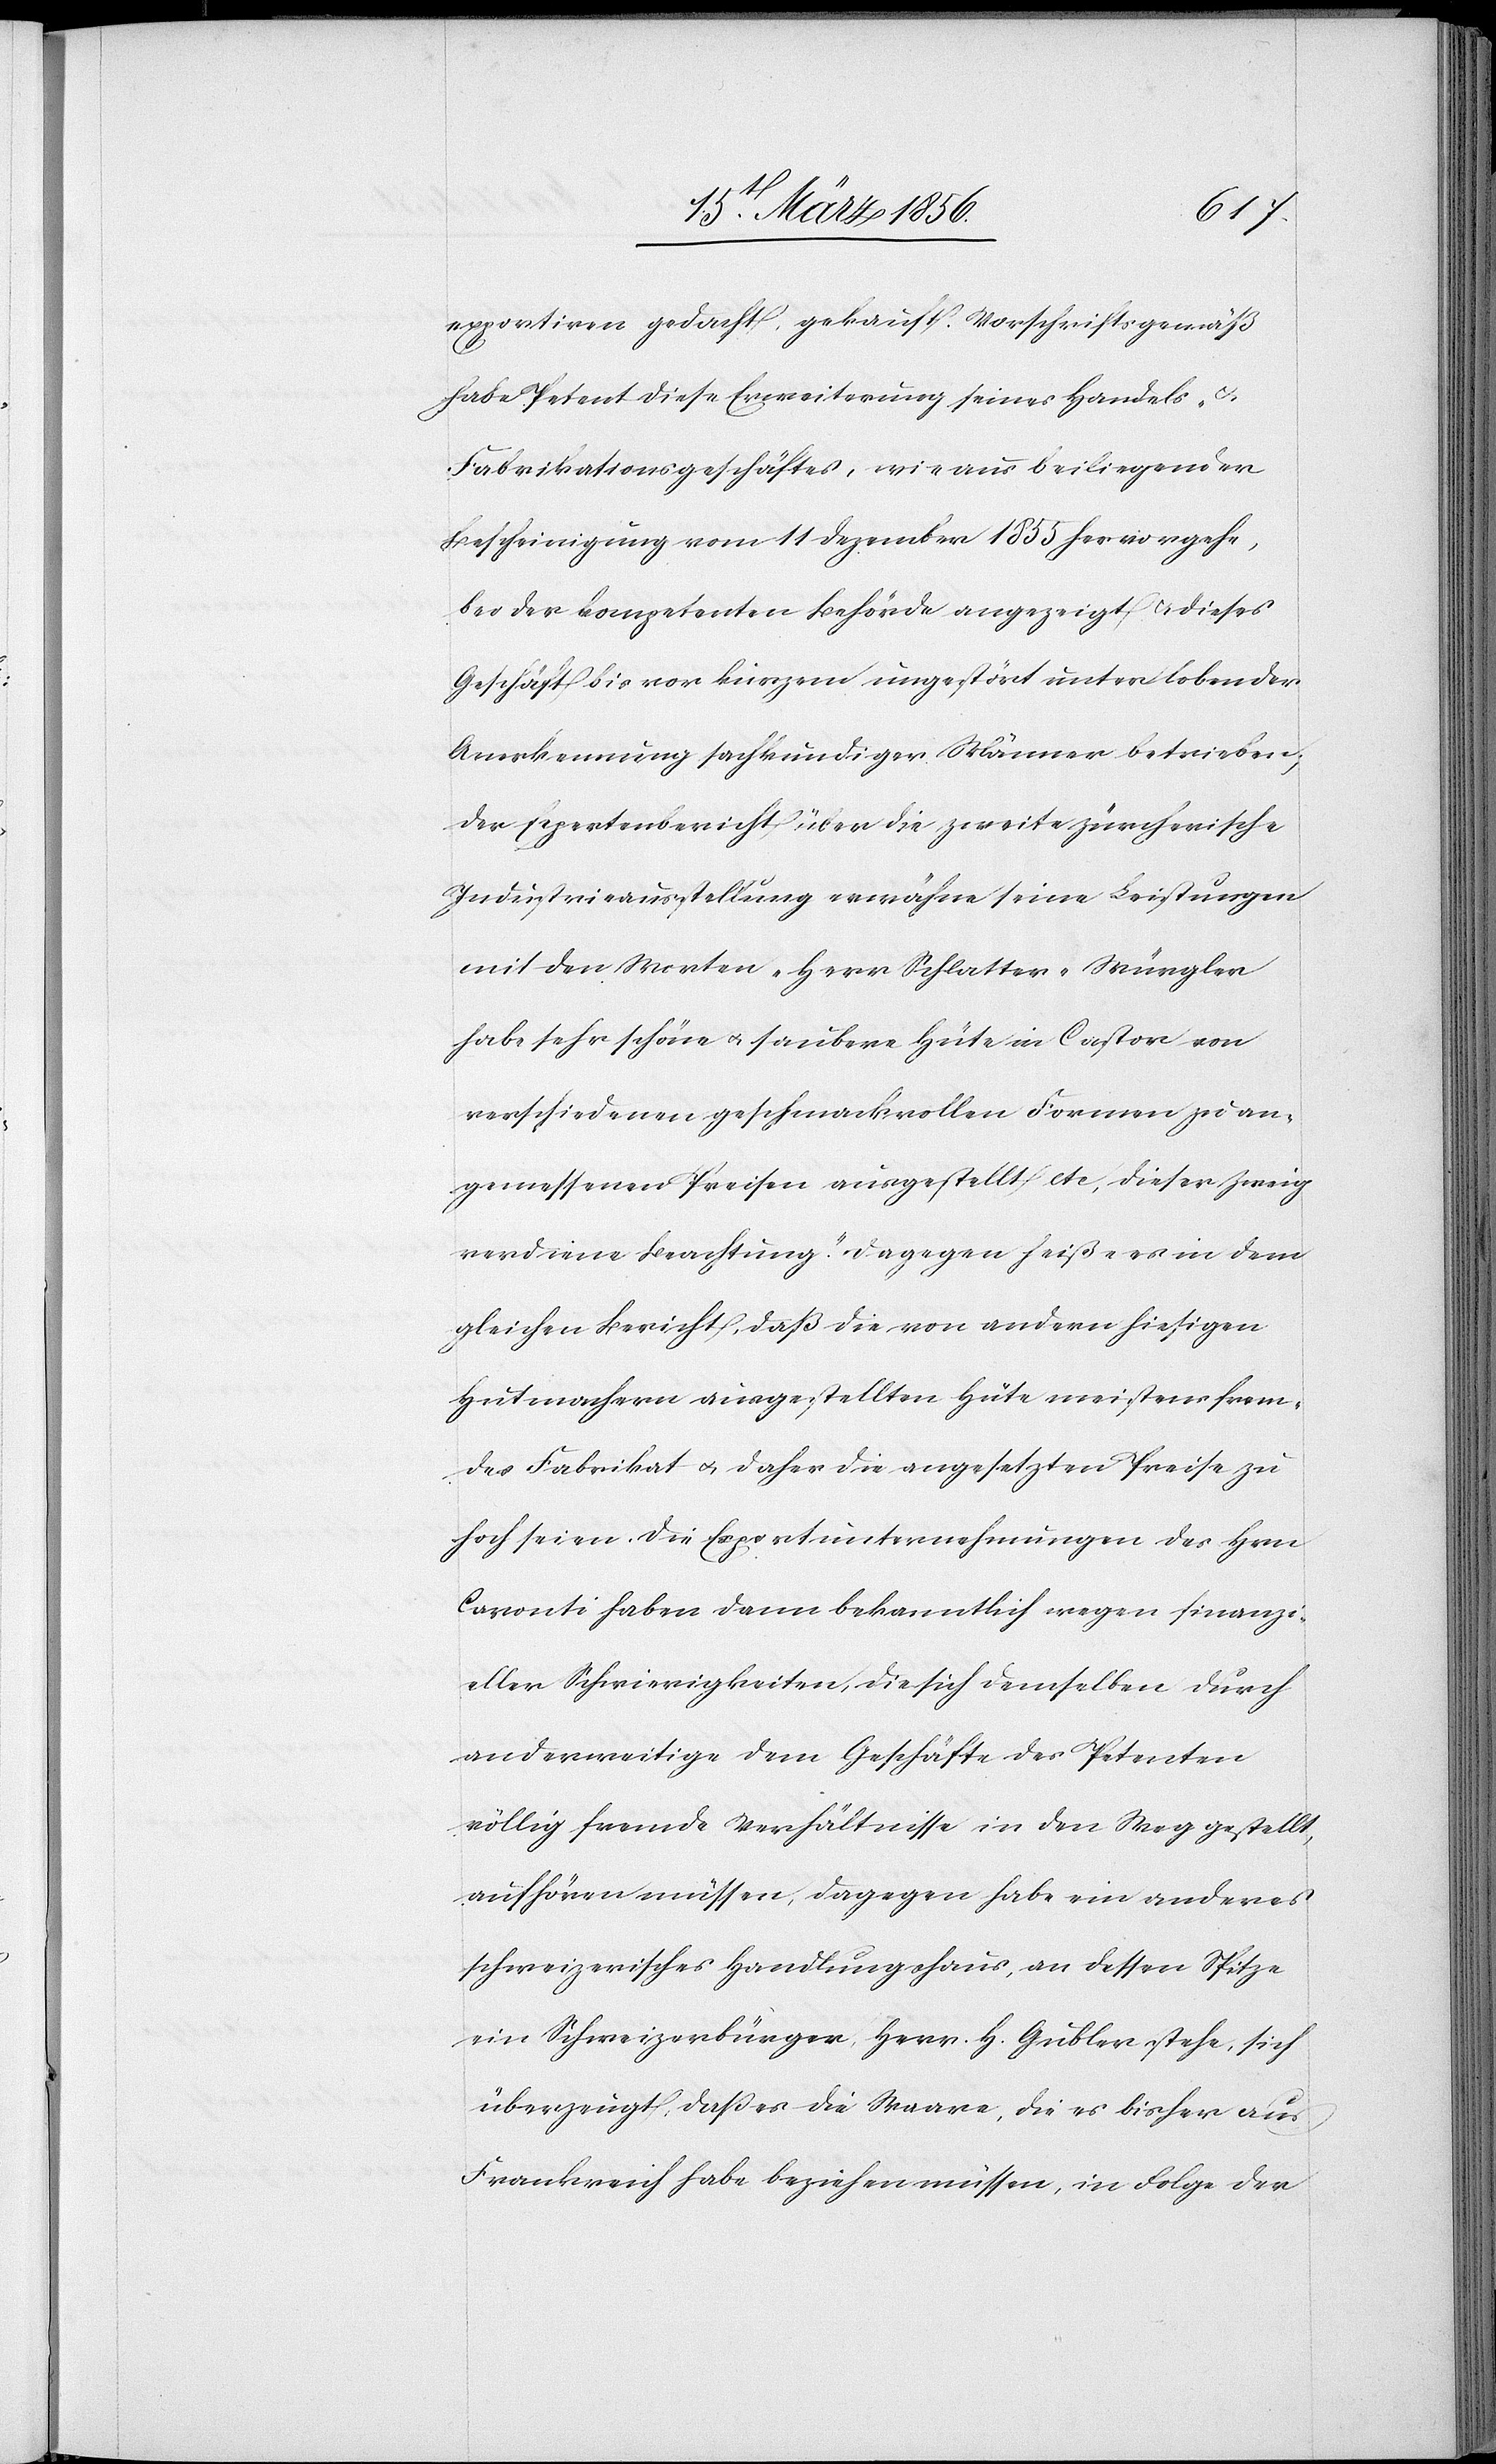
exportiren gedacht, gekauft. Vorschriftsgemäß
habe Petent diese Erweiterung seines Handels-
Fabrikationsgeschäftes, wie aus beiliegender
Bescheinigung vom 11 Dezember 1855 hervorgehe,
bei der kompetenten Behörde angezeigt & dieses
Geschäft bis vor kurzem ungestört unter lobender
Anerkennung sachkundiger Männer betrieben;
der Expertenbericht über die zweite zürcherische
Industrieausstellung erwähne seine Leistungen
mit den Worten „Herr Schlatter-Würgler
habe sehr schöne u. saubere Hüte in Castor von
verschiedenen geschmackvollen Formen zu an¬
gemessenen Preisen ausgestellt etc, dieser Zweig
verdiene Beachtung. Dagegen heiße es in dem
gleichen Bericht, daß die von andern hiesigen
Hutmachern ausgestellten Hüte meistens frem¬
des Fabrikat u. daher die angesetzten Preise zu
hoch seien. Die Exportunternehmungen des Hrn
Caronti haben dann bekanntlich wegen finanzi¬
eller Schwierigkeiten, die sich demselben durch
anderweitige dem Geschäfte des Petenten
völlig fremde Verhältnisse in den Weg gestellt,
aufhören müssen, dagegen habe ein anderes
schweizerisches Handlungshaus, an dessen Spitze
ein Schweizerbürger Herr. H. Gubler stehe, sich
überzeugt, das es die Waare, die es bisher aus
Frankreich habe beziehen müssen, in Folge der